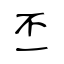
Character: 丕